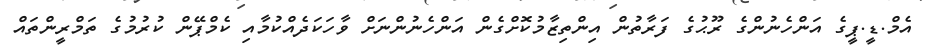
އެމް.ޑީ.ޕީގެ އަންހެނުންގެ ރޫޙުގެ ފަރާތުން އިންތިޒާމުކޮށްގެން އަންހެނުންނަށް ވާހަކަދެއްކުމާއި ކެމްޕޭން ކުރުމުގެ ތަމްރީންތައް